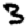
Digit: 3